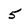
Character: 5